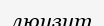
люизит